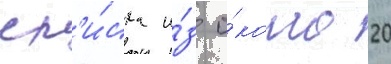
сп'и́ска и́з о́коло 20